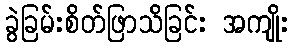
ခွဲခြမ်းစိတ်ဖြာသိခြင်း အကျိုး